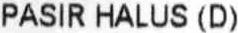
PASIR HALUS (D)